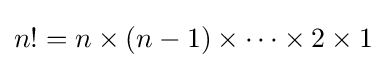
n!=n\times (n-1)\times \cdots \times 2\times 1